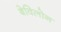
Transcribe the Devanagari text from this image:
बेविलोन